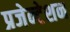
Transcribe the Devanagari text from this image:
प्रजेन्टेशन